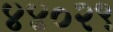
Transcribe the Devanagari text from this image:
४४०२९